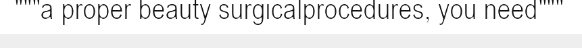
"""a proper beauty surgicalprocedures, you need"""